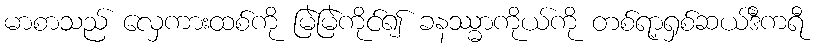
မာစာသည် လှေကားထစ်ကို မြဲမြဲကိုင်၍ ခနဿ္ဓာကိုယ်ကို တစ်ရာ့ရှစ်ဆယ်ဒီကရီ